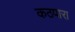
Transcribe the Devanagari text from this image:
कठपारा